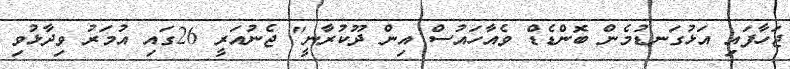
ޖަހާފައި އަޅުގަނޑުމެން ބޮންޑެޑް ވެއާހައުސް އިން ދޫކުރާނީ" ޖެނުއަރީ 26ގައި އުމަރު ވިދާޅުވި